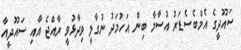
ސައޫދީގެ އެމްބެސެޑަރު އުސާމާ ބިން އަހުމަދު ނުގާލީ ވިދާޅުވީ ރާއްޖެ އާއި ސައޫދީއާ